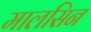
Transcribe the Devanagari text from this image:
मालसिन